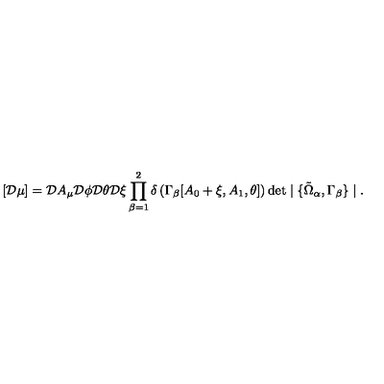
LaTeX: [ { \cal D } \mu ] = { \cal D } A _ { \mu } { \cal D } \phi { \cal D } \theta { \cal D } \xi \prod _ { \beta = 1 } ^ { 2 } \delta \left( \Gamma _ { \beta } [ A _ { 0 } + \xi , A _ { 1 } , \theta ] \right) \det \mid \{ \tilde { \Omega } _ { \alpha } , \Gamma _ { \beta } \} \mid .